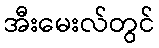
အီးမေးလ်တွင်